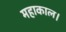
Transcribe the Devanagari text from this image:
महाकाल।